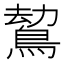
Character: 𪁍